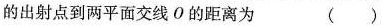
的出射点到两平面交线O的距离为()